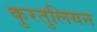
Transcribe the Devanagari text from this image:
कुरतुलियन